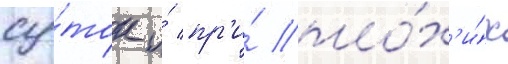
су́ток и́ пр'и́ плох'и́х